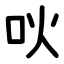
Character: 吙